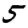
Digit: 5